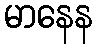
မာနေန